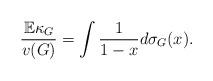
LaTeX: \begin{align*}\frac{\mathbb E\kappa_G}{v(G)} =\int\frac{\mathrm 1}{1-x} d\sigma_G(x).\end{align*}